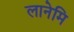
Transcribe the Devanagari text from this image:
लानेमि